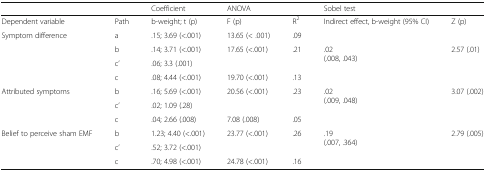
|  |  | Coefficient | <COLSPAN=2> ANOVA | <COLSPAN=2> Sobel test |
 | --- | --- | --- | --- | --- | --- | --- |
 | Dependent variable | Path | b-weight; t (p) | F (p) | R2 | Indirect effect, b-weight (95% CI) | Z (p) |
 | <ROWSPAN=4> Symptom difference | a | .15; 3.69 (<.001) | 13.65 (< .001) | .09 |  |  |
 | b | .14; 3.71 (<.001) | <ROWSPAN=2> 17.65 (<.001) | <ROWSPAN=2> .21 | <ROWSPAN=3> .02(.008, .043) | <ROWSPAN=3> 2.57 (.01) |
 | c’ | .06; 3.3 (.001) |
 | c | .08; 4.44 (<.001) | 19.70 (<.001) | .13 |
 | <ROWSPAN=3> Attributed symptoms | b | .16; 5.69 (<.001) | <ROWSPAN=2> 20.56 (<.001) | <ROWSPAN=2> .23 | <ROWSPAN=3> .02(.009, .048) | <ROWSPAN=3> 3.07 (.002) |
 | c’ | .02; 1.09 (.28) |
 | c | .04; 2.66 (.008) | 7.08 (.008) | .05 |
 | <ROWSPAN=3> Belief to perceive sham EMF | b | 1.23; 4.40 (<.001) | <ROWSPAN=2> 23.77 (<.001) | <ROWSPAN=2> .26 | <ROWSPAN=3> .19(.007, .364) | <ROWSPAN=3> 2.79 (.005) |
 | c’ | .52; 3.72 (<.001) |
 | c | .70; 4.98 (<.001) | 24.78 (<.001) | .16 |